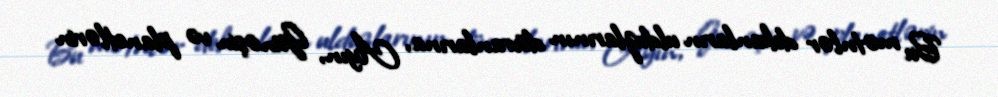
Bu mətnlər dekanların ulduzlarının dövranlarına, Ayın, Günəşin və planetlərin